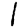
Digit: 1